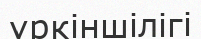
үркіншілігі